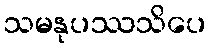
သမနုပဿသိပေ